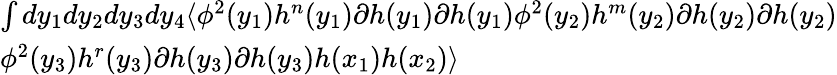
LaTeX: \begin{array}{l}{{\int dy_{1}dy_{2}dy_{3}dy_{4}\langle\phi^{2}(y_{1})h^{n}(y_{1})\partial h(y_{1})\partial h(y_{1})\phi^{2}(y_{2})h^{m}(y_{2})\partial h(y_{2})\partial h(y_{2})}}\\ {{\phi^{2}(y_{3})h^{r}(y_{3})\partial h(y_{3})\partial h(y_{3})h(x_{1})h(x_{2})\rangle}}\end{array}